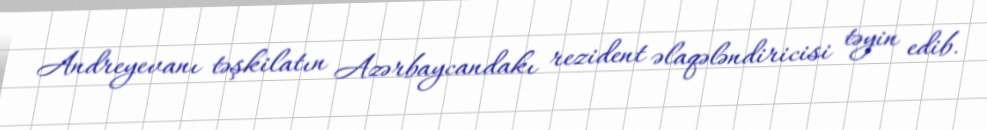
Andreyevanı təşkilatın Azərbaycandakı rezident əlaqələndiricisi təyin edib.